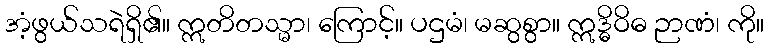
အံ့ဖွယ်သရဲရှိ၏။ ဣတိတသ္မာ၊ ကြောင့်။ ပဌမံ၊ မဆွစွာ။ ဣဒ္ဓိဝိဓ ဉာဏံ၊ ကို။